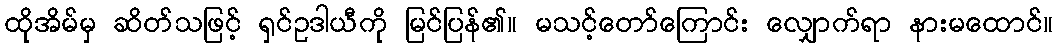
ထိုအိမ်မှ ဆိတ်သဖြင့် ရှင်ဥဒါယီကို မြင်ပြန်၏။ မသင့်တော်ကြောင်း လျှောက်ရာ နားမထောင်။